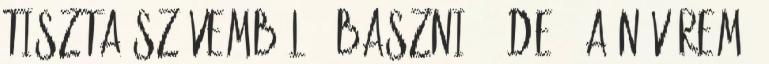
tiszta szívemből - baszni ő. De ő a nővérem,